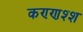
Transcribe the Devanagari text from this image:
कण्णश्श